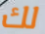
لك